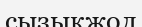
сызықжол